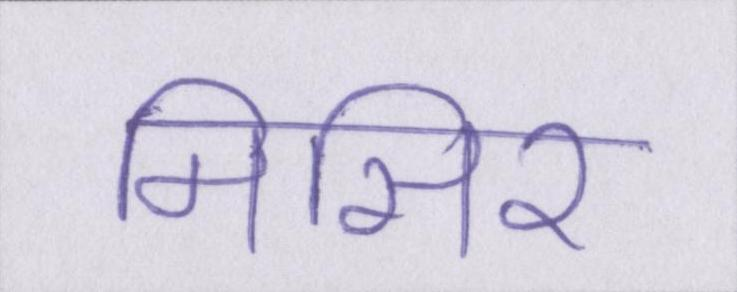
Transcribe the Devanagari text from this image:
मिसिर